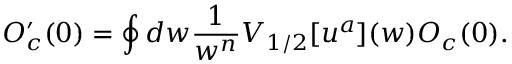
{ \cal O } _ { c } ^ { \prime } ( 0 ) = \oint d w \frac { 1 } { w ^ { n } } V _ { 1 / 2 } [ u ^ { a } ] ( w ) { \cal O } _ { c } ( 0 ) .